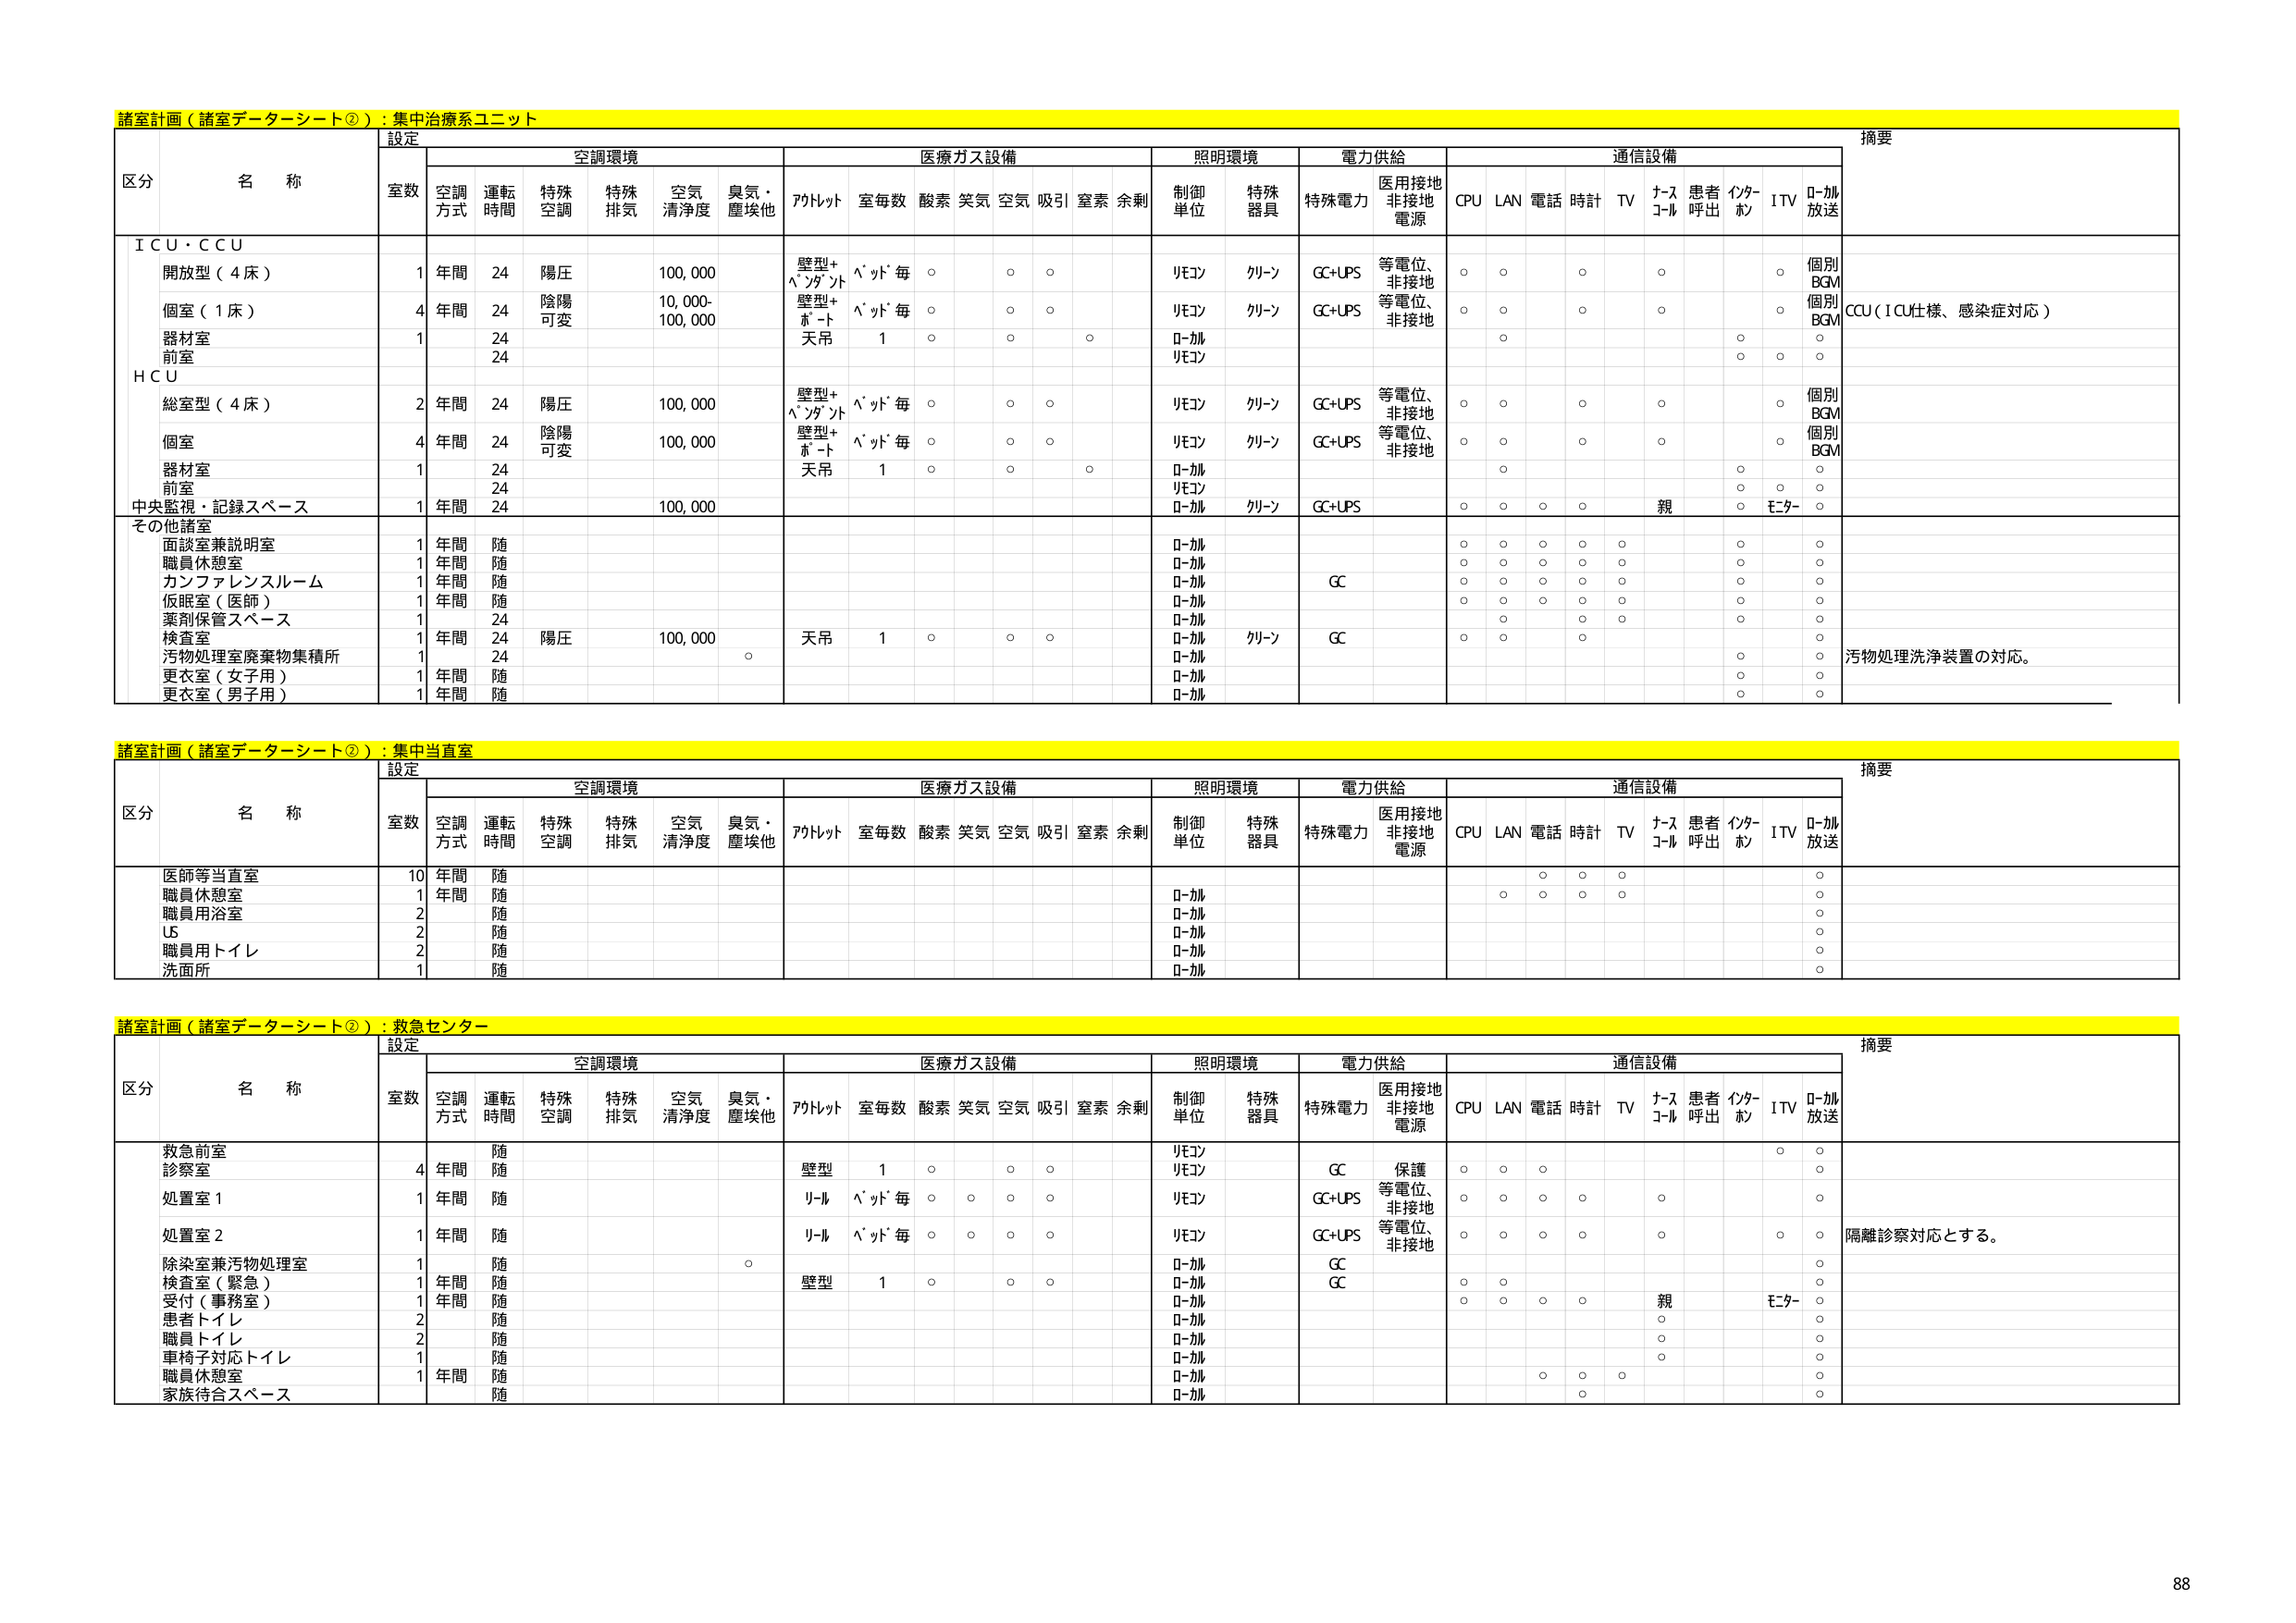
諸室計画（諸室データシート②）：集中治療系ユニット
区分 名称 設定 摘要
室数 空調環境 医療ガス設備 照明環境 電力供給 通信設備
空調方式 運転時間 特殊空調 特殊排気 空気清浄度 臭気・塵埃他 アルセット 室毎数 酸素 笑気 空気 吸引 窒素 余剰 制御単位 特殊器具 特殊電力 医用接地非接地電源 CPU LAN 電話 時計 TV ナースコール 患者呼出 インターホン ITV ローカル放送
ＩＣＵ・ＣＣＵ
開放型（4床） 1 年間 24 陽圧 100,000 壁型+ヘッドセット ヘッド毎 ○ ○ ○ リモコン クリーン GC+UPS 等電位、非接地 ○ ○ ○ ○ ○ 個別BGM
個室（1床） 4 年間 24 陰陽可変 10,000-100,000 壁型+ホースト 天吊 ヘッド毎 ○ ○ ○ リモコン クリーン GC+UPS 等電位、非接地 ○ ○ ○ ○ ○ 個別BGM CCU（ICU仕様、感染症対応）
器材室 1 24 ローカル リモコン ○ ○
前室 1 24 リモコン ○ ○ ○
ＨＣＵ
総室型（4床） 2 年間 24 陽圧 100,000 壁型+ヘッドセット ヘッド毎 ○ ○ ○ リモコン クリーン GC+UPS 等電位、非接地 ○ ○ ○ ○ ○ 個別BGM
個室 4 年間 24 陰陽可変 100,000 壁型+ホースト 天吊 ヘッド毎 ○ ○ ○ リモコン クリーン GC+UPS 等電位、非接地 ○ ○ ○ ○ ○ 個別BGM
器材室 1 24 ローカル ○ ○
前室 1 24 リモコン ○ ○ ○
中央監視・記録スペース 1 年間 24 100,000 ローカル クリーン GC+UPS ○ ○ ○ ○ 親 ○ モニター ○
その他諸室
面談室兼説明室 1 年間 随 ローカル ○ ○ ○ ○ ○ ○ ○
職員休憩室 1 年間 随 ローカル ○ ○ ○ ○ ○ ○ ○
カンファレンスルーム 1 年間 随 ローカル GC ○ ○ ○ ○ ○ ○ ○
仮眠室（医師） 1 年間 随 ローカル ○ ○ ○ ○ ○ ○ ○
薬剤保管スペース 1 24 ローカル ○ ○ ○ ○ ○ ○
検査室 1 年間 24 陽圧 100,000 天吊 1 ○ ○ ○ ローカル クリーン GC ○ ○ ○ ○ ○
汚物処理室廃棄物集積所 1 24 ローカル ○ ○
更衣室（女子用） 1 年間 随 ローカル ○ ○
更衣室（男子用） 1 年間 随 ローカル ○ ○
汚物処理洗浄装置の対応。

諸室計画（諸室データシート②）：集中当直室
区分 名称 設定 摘要
室数 空調環境 医療ガス設備 照明環境 電力供給 通信設備
空調方式 運転時間 特殊空調 特殊排気 空気清浄度 臭気・塵埃他 アルセット 室毎数 酸素 笑気 空気 吸引 窒素 余剰 制御単位 特殊器具 特殊電力 医用接地非接地電源 CPU LAN 電話 時計 TV ナースコール 患者呼出 インターホン ITV ローカル放送
医師等当直室 10 年間 随 ○ ○ ○ ○
職員休憩室 1 年間 随 ローカル ○ ○ ○ ○ ○
職員用浴室 2 随 ローカル ○
US 2 随 ローカル ○
職員用トイレ 2 随 ローカル ○
洗面所 1 随 ローカル ○

諸室計画（諸室データシート②）：救急センター
区分 名称 設定 摘要
室数 空調環境 医療ガス設備 照明環境 電力供給 通信設備
空調方式 運転時間 特殊空調 特殊排気 空気清浄度 臭気・塵埃他 アルセット 室毎数 酸素 笑気 空気 吸引 窒素 余剰 制御単位 特殊器具 特殊電力 医用接地非接地電源 CPU LAN 電話 時計 TV ナースコール 患者呼出 インターホン ITV ローカル放送
救急前室 4 年間 随 リモコン ○ ○
診察室 随 壁型 1 ○ ○ ○ リモコン GC 保護 ○ ○ ○ ○
処置室1 1 年間 随 リール ヘッド毎 ○ ○ ○ ○ リモコン GC+UPS 等電位、非接地 ○ ○ ○ ○ ○ ○
処置室2 1 年間 随 リール ヘッド毎 ○ ○ ○ ○ リモコン GC+UPS 等電位、非接地 ○ ○ ○ ○ ○ ○ 隔離診察対応とする。
除染室兼汚物処理室 1 随 ○ ローカル GC ○
検査室（緊急） 1 年間 随 壁型 1 ○ ○ ○ ローカル GC ○ ○
受付（事務室） 1 年間 随 ローカル ○ ○ ○ ○ 親 モニター ○
患者トイレ 2 随 ローカル ○ ○
職員トイレ 2 随 ローカル ○ ○
車椅子対応トイレ 1 随 ローカル ○ ○
職員休憩室 1 年間 随 ローカル ○ ○ ○ ○
家族待合スペース 随 ローカル ○ ○

88